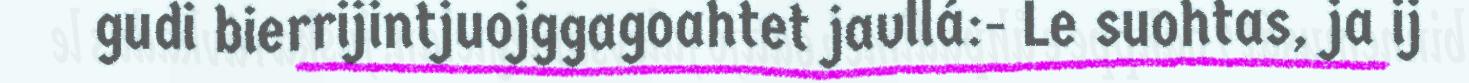
gudi bierrijintjuojggagoahtet javllá:- Le suohtas, ja ij